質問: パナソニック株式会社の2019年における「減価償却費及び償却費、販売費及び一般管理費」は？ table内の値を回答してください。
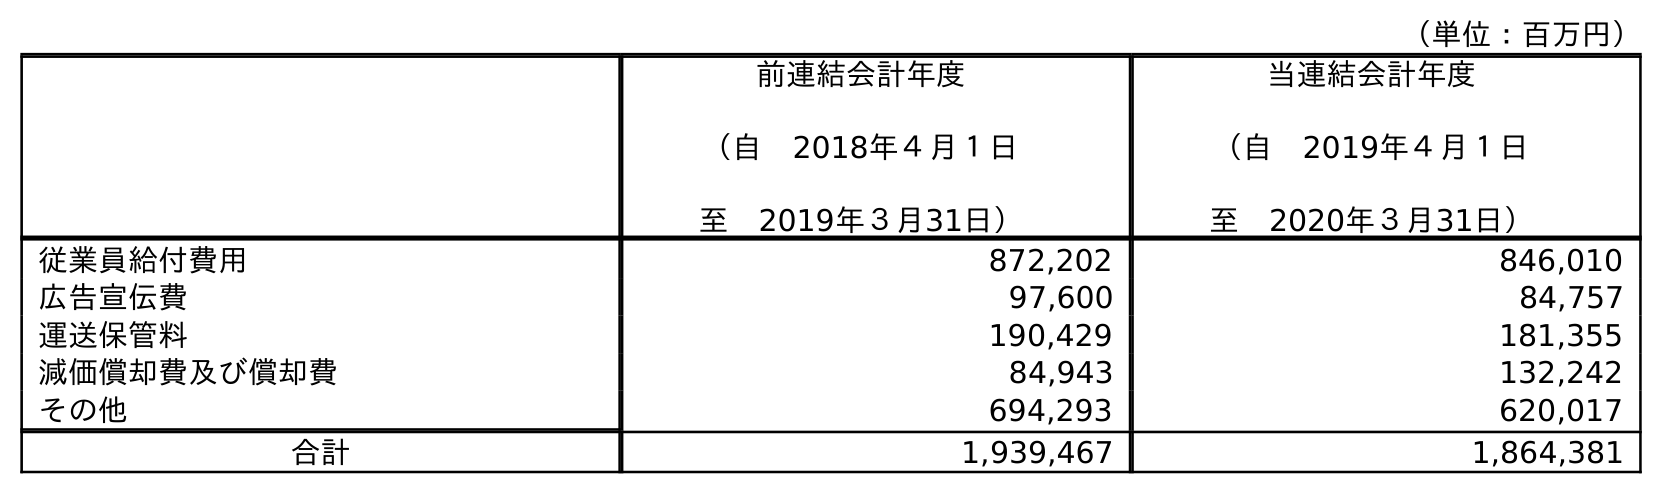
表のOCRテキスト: （単位：百万円） 前連結会計年度 （自 2018年４月１日 至 2019年３月31日） 当連結会計年度 （自 2019年４月１日 至 2020年３月31日） 従業員給付費用 872,202 846,010 広告宣伝費 97,600 84,757 運送保管料 190,429 181,355 減価償却費及び償却費 84,943 132,242 その他 694,293 620,017 合計 1,939,467 1,864,381
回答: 84,943